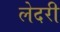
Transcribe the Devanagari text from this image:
लेदरी